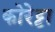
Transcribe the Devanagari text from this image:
कोरेट्टा